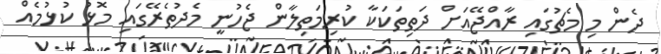
ދެން މި މެޗުގައި ރާއްޖޭއަށް ދަތިތަކަކާ ކުރިމަތިލާން ޖެހުނީ މެދުތެރޭގައި މޮޅު ކުޅުމެއް